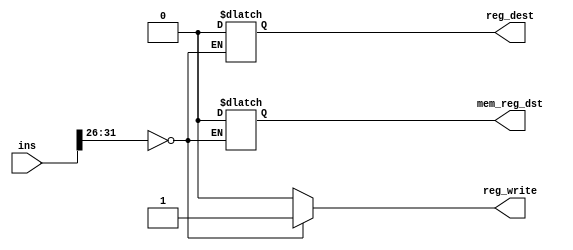
//Controller.v

module Controller(
	input wire [31:0] ins,
	output reg reg_write,
	output reg reg_dest,
	output reg mem_reg_dst);
	
	always @* begin
		if (ins[31:26] == 6'b000000) begin
			reg_write = 1;
			mem_reg_dst = 0;
			reg_dest = 0;
		end else begin
			reg_write = 0;
		end
	end
endmodule